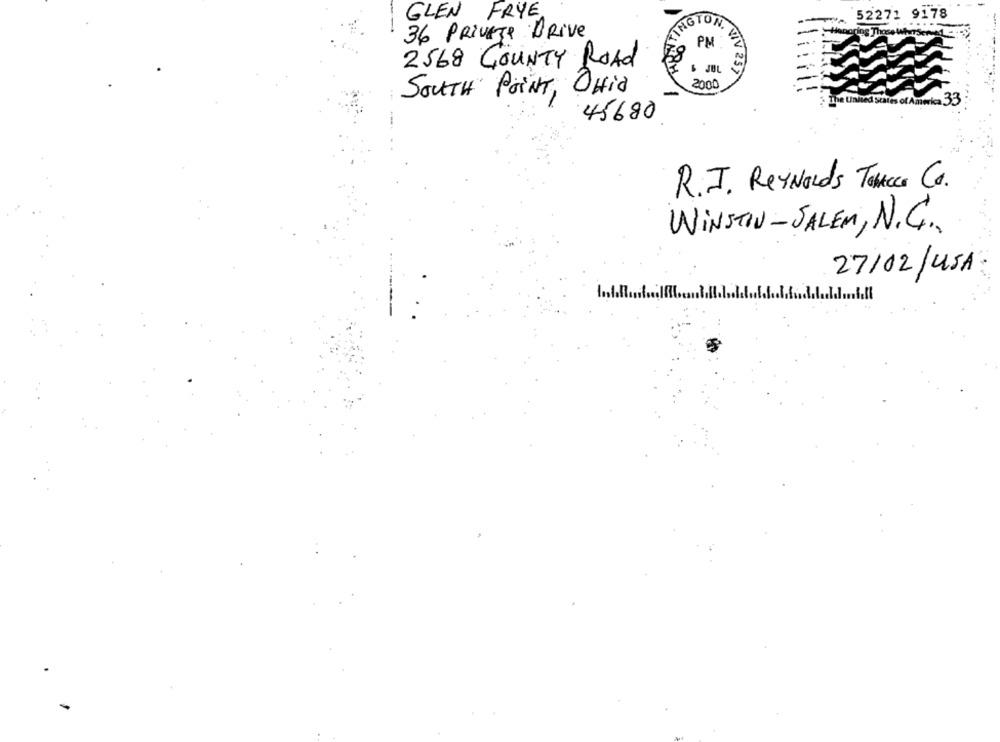
GLEN FRYE
52271 9178
INGTON.
36 PRIVEJe Drive
PM
2568 COUNTY ROAD
& JUL
NIV 257
SOUTH POINT, Offic
2000
.33
45680
R.J. Reynolds Tobtees CO.
WINSTON-SALEM, N.G.
27/02/USA